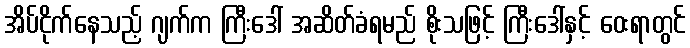
အိပ်ငိုက်နေသည့် ဂျက်က ကြီးဒေါ် အဆိတ်ခံရမည် စိုးသဖြင့် ကြီးဒေါ်နှင့် ဝေးရာတွင်